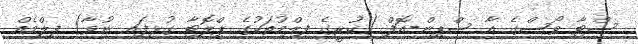
ސްޓާ ވޯސްގެ އާ ސްޕިން-އޮފް (ކުރީގެ ފިލްމުތަކުގެ ޕްލޮޓާ ގުޅިފައި ނުވާ) ފިލްމެއް